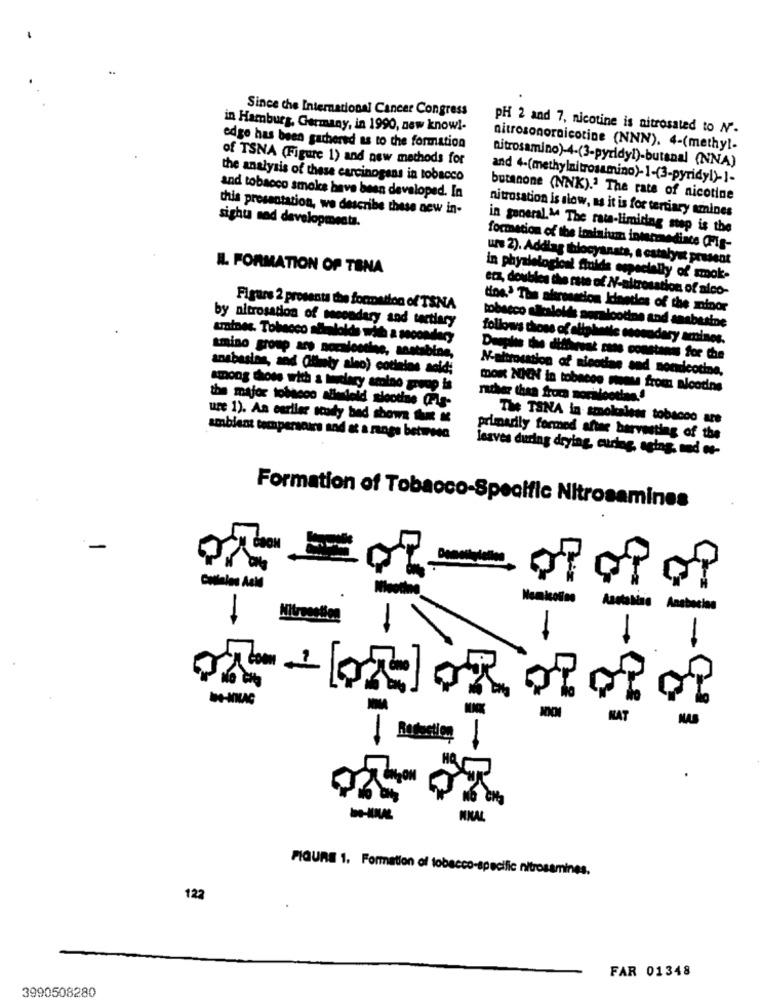
Since the International Cancer Congress
in Hamburg, Germany, in 1990, new know !-
PH 2 and 7, nicotine is nitrosated to N'.
edge has been gathered as to the formation
nitrosonornicotine (NNN). 4-(methyl-
of TSNA (Figure 1) and new methods for
nitrosamino)-4-(3-pyridyl)-butanal (NNA)
the analysis of these carcinogens in tobacco
and 4-(methylnitrosamino)-1-(3-pyridyl)-]-
and tobacco smokes have been developed. In
butanone (NNK).ª The rate of nicotine
this presentation, we describe these new in-
nitrosation is slow, as it is for tertiary amines
sighu sad developmenta.
in general.14 The rata-limiting step is the
formation of the iminium intermediate (Fig-
urs 2). Addlag thiocyansts, a catalyst present
IL. FORMATION OF TENA
in physiological fluids especially of smok-
eta, doubles the rate of N/-altrosat
Atmosation of alco-
Figure 2 prosenta the formation of TSNA
ting.> The aisression Idineties of the minor
tobacco alltalotde somlootine and anabesine
by nitrosation of secondary and tertiary
amines. Tobacco abraloldo with a secondary
follows those of allplnnie esoradary amines.
amino group are noraloseine, aastabine,
Deeples the differvet cass constans for Che
ansbesinn, and (limety aleo) cotinios acid;
N-altrocation of nicotine
lae and sonicotine.
among those with a hitlery amine groep is
MOR NIEN in tobacco mente from Bloodns
rather than from morilee
the major tobacco alleleid slootinie Fla-
ure 1). An ceriler scody bad show the &
The TSNA in smokeless tobacco are
ambient temapersoirs and at a range between
primarily formed after harvesting of the
leaves during drylag, curing, aging, and or-
Formation of Tobacco-Specific Nitrosamines
-
Ansbocian
MIL
NAT
NA
FIGURE 1. Formation of tobacco-specific nitrosamines.
122
FAR 01348
3990508280